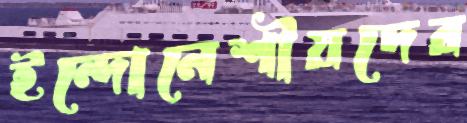
ইন্দোনেশীয়দের